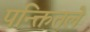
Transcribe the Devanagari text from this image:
पन्क्तितले